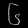
Digit: ၆